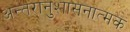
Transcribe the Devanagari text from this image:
अन्तरानुशासनात्मक